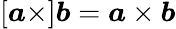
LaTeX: [{\boldsymbol{a}}\times]{\boldsymbol{b}}={\boldsymbol{a}}\times{\boldsymbol{b}}